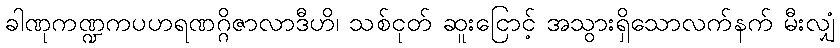
ခါဏုကဏ္ဍကပဟရဏဂ္ဂိဇာလာဒီဟိ၊ သစ်ငုတ် ဆူးငြောင့် အသွားရှိသောလက်နက် မီးလျှံ